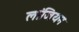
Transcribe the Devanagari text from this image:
लांजियन